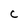
Character: c